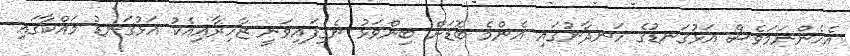
އެހެންނަމަވެސް އަޅުގަނޑުގެ ހަނދާނުގައި އެންމެ ބޮޑަށް ބިންވަޅު ނެގިފައިވަނީ ޒާހިރާއިއެކު އަޅުގަނޑު މައްކާގައި